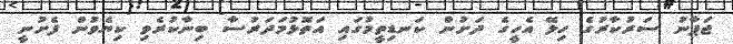
ޖަޕާނު ސަރުކާރުގެ ހިލޭ އެހީގެ ދަށުން ކަނޑިތީމުގައި އަތޮޅުމަދަރުސާ ބިނާކުރެވި ކިޔެވުން ފެށުނީ